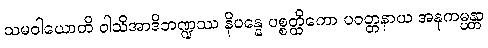
သမဝါယောတိ ဝါသိအာဒိဘဏ္ဍဿ နိပန္နေ ပစ္စတ္ထိကော ပဝတ္တနာယ အနုကမ္ပန္တာ